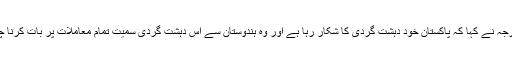
وزیرخارجہ نے کہا کہ پاکستان خود دہشت گردی کا شکار رہا ہے اور وہ ہندوستان سے اس دہشت گردی سمیت تمام معاملات پر بات کرنا چاہتا ہے۔